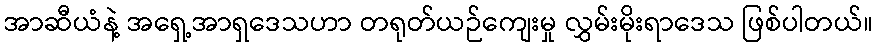
အာဆီယံနဲ့ အရှေ့အာရှဒေသဟာ တရုတ်ယဉ်ကျေးမှု လွှမ်းမိုးရာဒေသ ဖြစ်ပါတယ်။